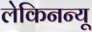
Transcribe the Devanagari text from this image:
लेकिनन्यू